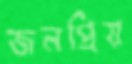
জনপ্রিয়